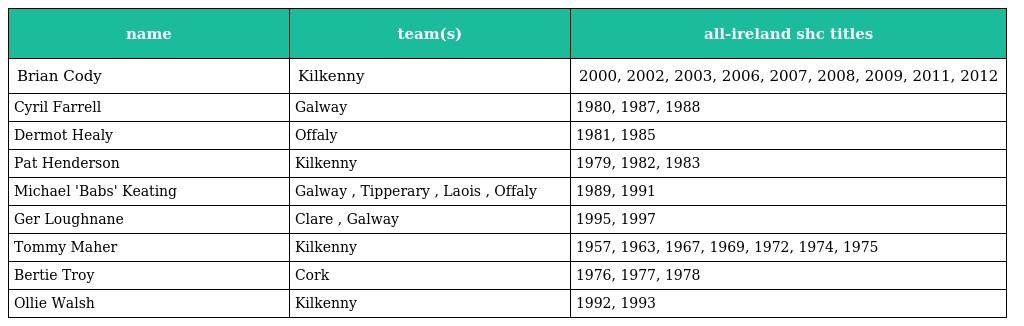
| name | team(s) | all-ireland shc titles |
 | --- | --- | --- |
 | Brian Cody | Kilkenny | 2000, 2002, 2003, 2006, 2007, 2008, 2009, 2011, 2012 |
 | Cyril Farrell | Galway | 1980, 1987, 1988 |
 | Dermot Healy | Offaly | 1981, 1985 |
 | Pat Henderson | Kilkenny | 1979, 1982, 1983 |
 | Michael 'Babs' Keating | Galway , Tipperary , Laois , Offaly | 1989, 1991 |
 | Ger Loughnane | Clare , Galway | 1995, 1997 |
 | Tommy Maher | Kilkenny | 1957, 1963, 1967, 1969, 1972, 1974, 1975 |
 | Bertie Troy | Cork | 1976, 1977, 1978 |
 | Ollie Walsh | Kilkenny | 1992, 1993 |